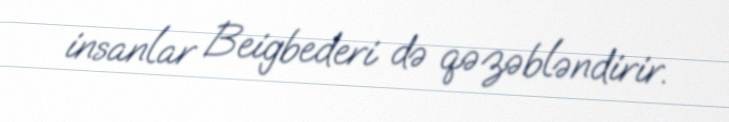
insanlar Beigbederi də qəzəbləndirir.